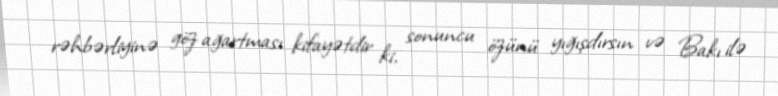
rəhbərliyinə göz ağartması kifayətdir ki, sonuncu özünü yığışdırsın və Bakı ilə